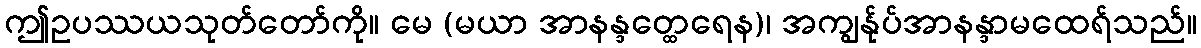
ဤဥပဿယသုတ်တော်ကို။ မေ (မယာ အာနန္ဒတ္ထေရေန)၊ အကျွန်ုပ်အာနန္ဒာမထေရ်သည်။